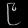
Digit: ၉